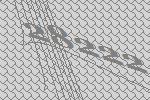
28222